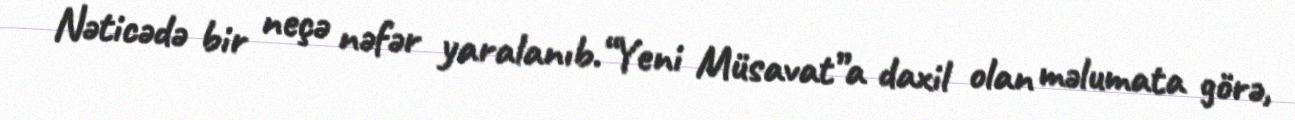
Nəticədə bir neçə nəfər yaralanıb.“Yeni Müsavat”a daxil olan məlumata görə,